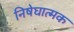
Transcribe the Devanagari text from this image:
निषेघात्मक